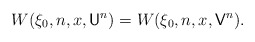
\begin{align*}W(\xi_0,n,x,\mathsf{U}^n)=W(\xi_0,n,x,\mathsf{V}^n).\end{align*}